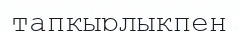
тапқырлықпен